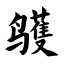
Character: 鹱